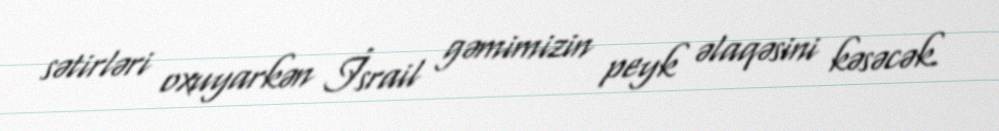
sətirləri oxuyarkən İsrail gəmimizin peyk əlaqəsini kəsəcək.